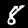
Label: 8